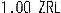
1.00 ZRL